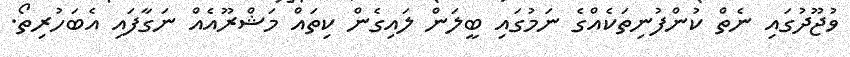
ވުޖޫދުގައި ނެތް ކުންފުނިތަކެއްގެ ނަމުގައި ބީލަން ލައިގެން ކިތައް މަޝްރޫއެއް ނަގާފައި އެބަހުރިތޯ.